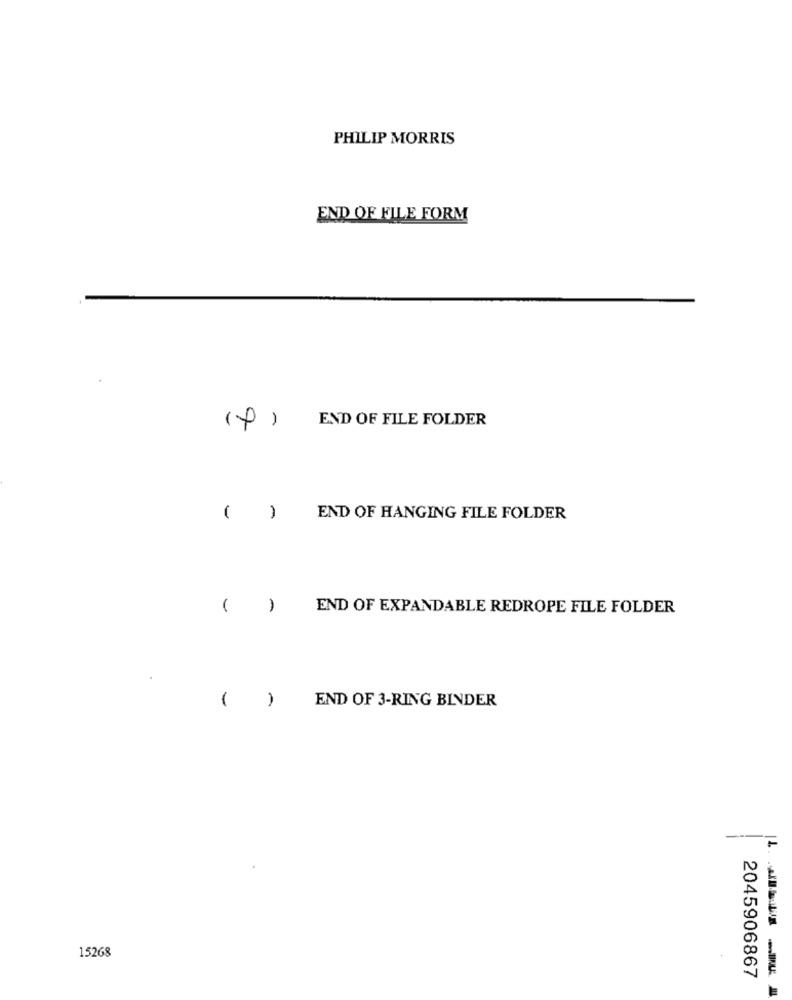
PHILIP MORRIS
END OF FILE FORM
END OF FILE FOLDER
()
END OF HANGING FILE FOLDER
( )
END OF EXPANDABLE REDROPE FILE FOLDER
END OF 3-RING BINDER
( )
15268
2045906867